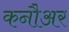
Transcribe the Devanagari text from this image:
कनौअर